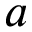
a